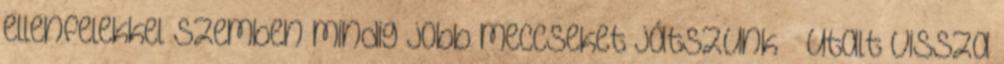
ellenfelekkel szemben mindig jobb meccseket játszunk – utalt vissza